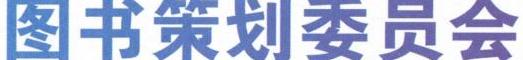
图书策划委员会